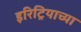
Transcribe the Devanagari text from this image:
इरिट्रियाच्या